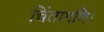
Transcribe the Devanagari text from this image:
चिंतामणि।